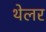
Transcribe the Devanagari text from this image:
थेलर